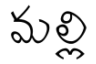
మల్లి